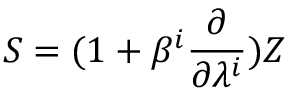
{ \cal S } = ( 1 + \beta ^ { i } \frac { \partial } { \partial \lambda ^ { i } } ) Z